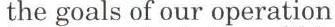
the goals of our operation